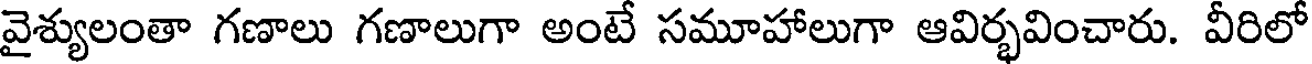
వైశ్యులంతా గణాలు గణాలుగా అంటే సమూహాలుగా ఆవిర్భవించారు. వీరిలో